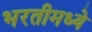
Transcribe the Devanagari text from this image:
भरतीमध्ये